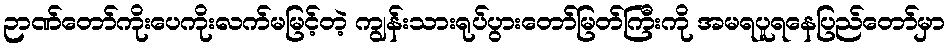
ဉာဏ်တော်ကိုးပေကိုးလက်မမြင့်တဲ့ ကျွန်းသားရုပ်ပွားတော်မြတ်ကြီးကို အမရပူရနေပြည်တော်မှာ